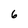
Character: 6